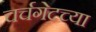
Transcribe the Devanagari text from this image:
चर्चगेटच्या